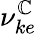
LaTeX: \nu_{ke}^{\mathbb{C}}